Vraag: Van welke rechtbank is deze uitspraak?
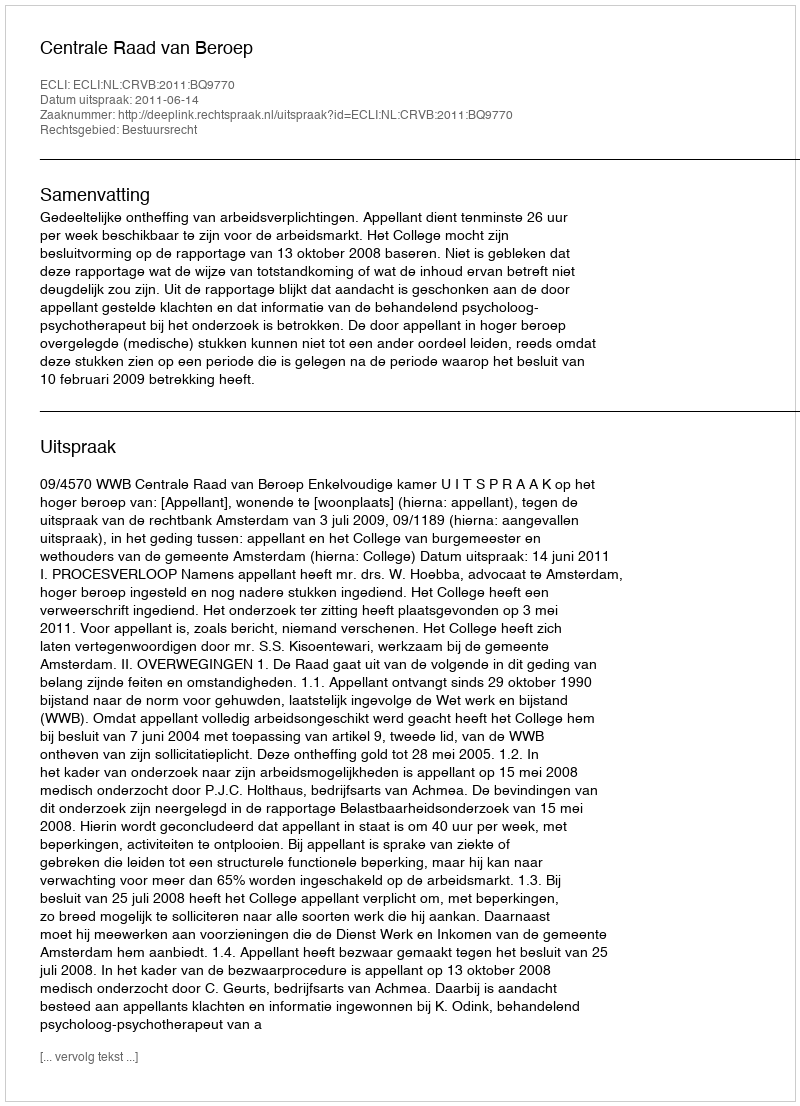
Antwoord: Centrale Raad van Beroep